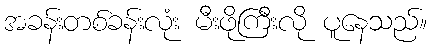
အခန်းတစ်ခန်းလုံး မီးဖိုကြီးလို ပူနေသည်။